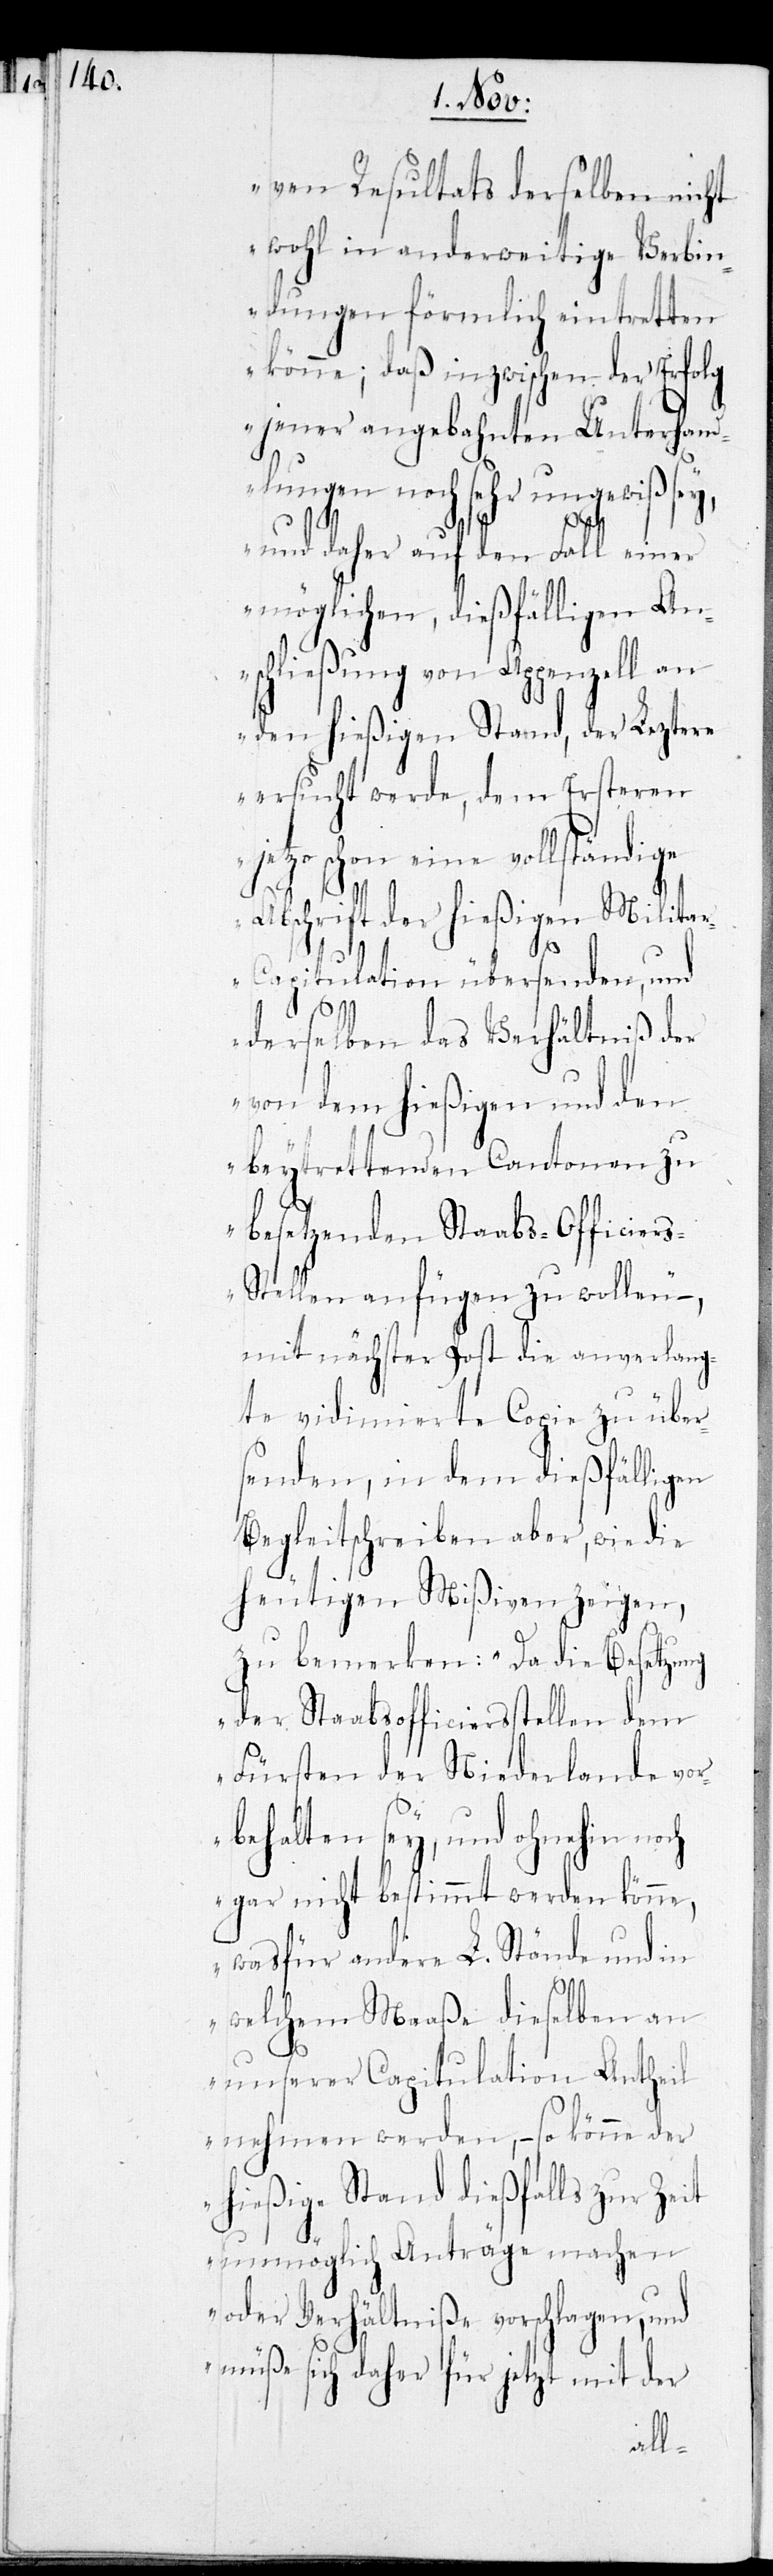
ge

ven Resultats derselben nicht
wohl in anderweitige Verbin¬
dungen förmlich eintretten
könne; daß inzwischen der Erfolg
jener angebahnten Unterhand¬
lungen noch sehr ungewiß sey,
und daher auf den Fall einer
möglichen, dießfälligen An¬
schließung von Appenzell an
den hießigen Stand, der Leztere
ersucht werde, dem ersteren
schon eine vollständi¬
Abschrift der hießigen Milita¬
r-Capitulation übersenden, und
derselben das Verhältniß der
von dem hießigen und den
beytrettenden Cantonen zu
besetzenden Staabs-Officier¬
s-Stellen anfügen zu wollen“
mit nächster Post die anverlang¬
te vidimierte Copie zu über¬
senden, in dem dießfälligen
Begleitschreiben aber, wie die
heutigen Mißiven zeigen,
zu bemerken: „Da die Besetzung
der Staabsofficiersstellen dem
Fürsten der Niederlande vor¬
behalten sey, und ohnehin noch
gar nicht bestimmt werden könne,
was für andere L. Stände und in
welchem Maaße dieselben an
unserer Capitulation Antheil
nehmen werden, – so könne der
hießige Stand dießfalls zur Zeit
unmöglich Anträge machen
oder Verhältniße vorschlagen, und
müße sich daher für jetzt mit der